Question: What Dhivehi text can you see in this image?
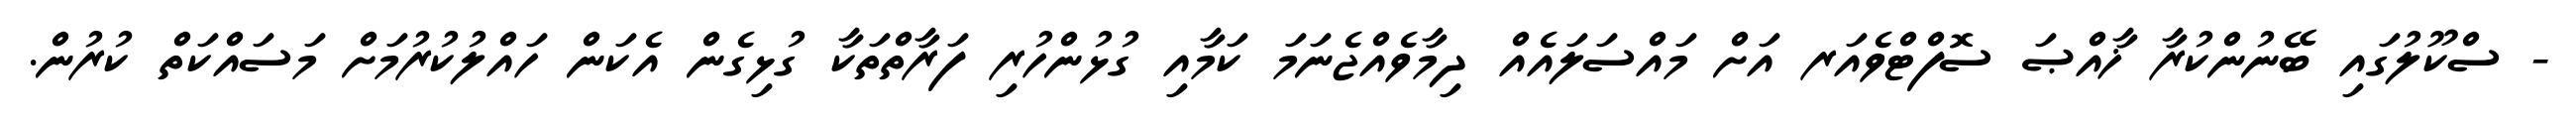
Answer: - ސްކޫލުގައި ބޭނުންކުރާ ޚާއްޞަ ސޮފްޓްވެއަރ އަށް މައްސަލައެއް ދިމާވެއްޖެނަމަ ކަމާއި ގުޅުންހުރި ފަރާތްތަކާ ގުޅިގެން އެކަން ހައްލުކުރުމަށް މަސައްކަތް ކުރުން.